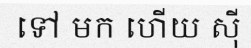
ទៅ មក ហើយ ស៊ី